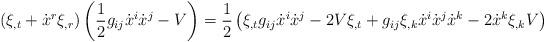
LaTeX: \begin{align*}\left( \xi_{,t}+\dot{x}^{r}\xi_{,r}\right) \left( \frac{1}{2}g_{ij}\dot{x}^{i}\dot{x}^{j}-V\right) =\frac{1}{2}\left( \xi_{,t}g_{ij}\dot{x}^{i}\dot{x}^{j}-2V\xi_{,t}+g_{ij}\xi_{,k}\dot{x}^{i}\dot{x}^{j}\dot{x}^{k}-2\dot{x}^{k}\xi_{,k}V\right)\end{align*}